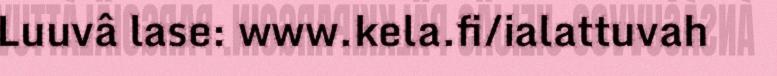
Luuvâ lase: www.kela.fi/ialattuvah